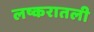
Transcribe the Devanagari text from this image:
लष्करातली